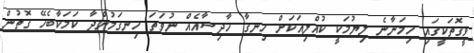
ވީގޮތަކީގައި ހިމަނާނެ ލިޔުމަކީ ކުއްލިއަކަށް ހިނގާ ހާދިސާއެއް ނުވަތަ ހިނގަމުންދާ ކަމަކާބެހޭ ގޮތުން